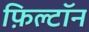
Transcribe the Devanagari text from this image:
फ़िल्टॉन